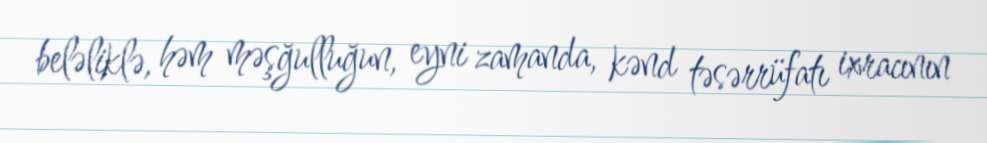
beləliklə, həm məşğulluğun, eyni zamanda, kənd təsərrüfatı ixracının